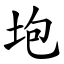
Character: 垉